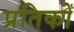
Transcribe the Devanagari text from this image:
प्रतिकों